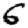
Digit: 6